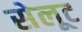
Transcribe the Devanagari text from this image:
सेलूट